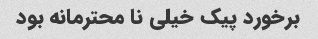
برخورد پیک خیلی نا محترمانه بود